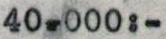
40-